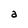
Character: a